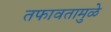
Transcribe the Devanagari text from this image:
तफावतामुळे